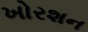
ખોરશન